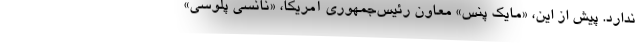
ندارد. پیش از این، «مایک پنس» معاون رئیس‌جمهوری آمریکا، «نانسی پلوسی»